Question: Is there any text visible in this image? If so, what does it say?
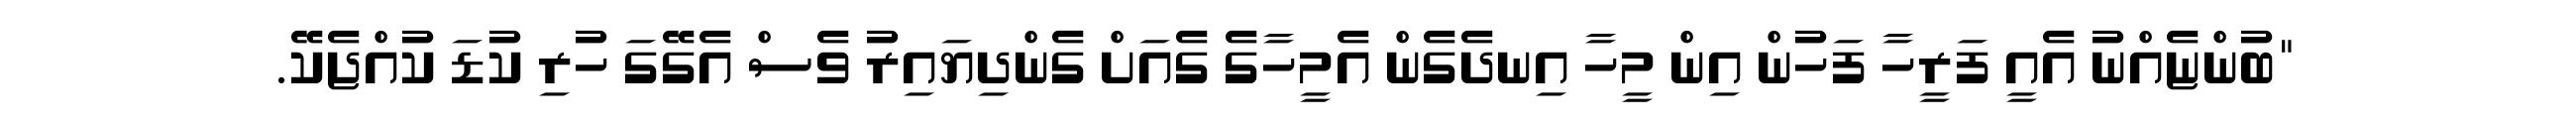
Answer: "ބުންޏެއްނު އެއީ ފަރީހާ ފަހުން އިން މީހާ އިނދެގެން އެމީހާގެ ގެއަށް ގެންދިޔައިރު ވެސް އެގޭގަ ހުރި ކުޑަ ކުއްޖެކޭ.